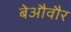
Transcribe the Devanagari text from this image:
बेऔवौर